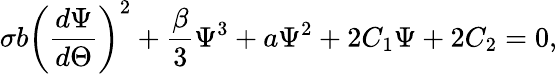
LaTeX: \sigma b\left(\frac{d\Psi}{d\Theta}\right)^{2}+\frac{\beta}{3}\Psi^{3}+a\Psi^{2}+2C_{1}\Psi+2C_{2}=0,